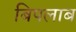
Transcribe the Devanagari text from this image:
बिपलाब